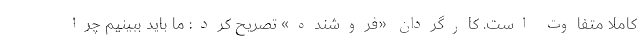
کاملا متفاوت است. کارگردان «فروشنده» تصریح کرد: ما باید ببینیم چرا